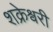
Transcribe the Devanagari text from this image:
शक्रेश्वरी